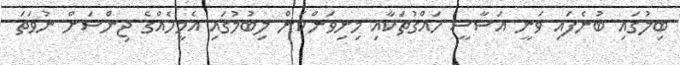
ބިލުގައި ބުނެފައި ވަނީ އަސާސީ ހައްގުތަކާއި މިނިވަންކަން ލިބުމުގައި އެމީހެއްގެ ޖިންސަށް ނުވަތަ